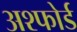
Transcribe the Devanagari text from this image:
अश्फोर्ड